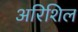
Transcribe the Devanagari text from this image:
अरिशिल